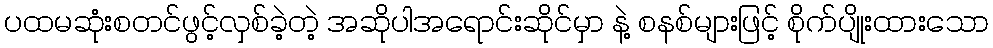
ပထမဆုံးစတင်ဖွင့်လှစ်ခဲ့တဲ့ အဆိုပါအရောင်းဆိုင်မှာ နဲ့ စနစ်များဖြင့် စိုက်ပျိုးထားသော